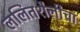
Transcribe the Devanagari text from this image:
ललितशैलीचा